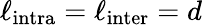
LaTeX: \ell_{\mathrm{intra}}=\ell_{\mathrm{inter}}=d